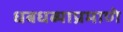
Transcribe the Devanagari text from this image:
धबधब्याप्रमाणे